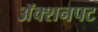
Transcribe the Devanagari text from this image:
अॅक्शनपट